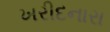
ખરીદનારા